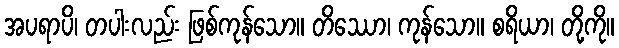
အပရာပိ၊ တပါးလည်း ဖြစ်ကုန်သော။ တိဿော၊ ကုန်သော။ စရိယာ၊ တို့ကို။